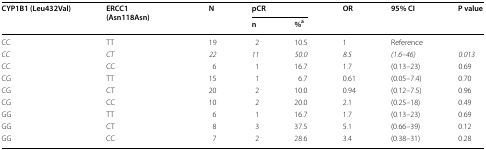
<table><thead><tr><td rowspan="2"><b>CYP1B1 (Leu432Val)</b></td><td rowspan="2"><b>ERCC1 (Asn118Asn)</b></td><td rowspan="2"><b>N</b></td><td colspan="2"><b>pCR</b></td><td rowspan="2"><b>OR</b></td><td rowspan="2"><b>95% CI</b></td><td rowspan="2"><b>P value</b></td></tr><tr><td><b>n</b></td><td><b>%<sup>a</sup></b></td></tr></thead><tbody><tr><td>CC</td><td>TT</td><td>19</td><td>2</td><td>10.5</td><td>1</td><td>Reference</td><td></td></tr><tr><td><i>CC</i></td><td><i>CT</i></td><td><i>22</i></td><td><i>11</i></td><td><i>50.0</i></td><td><i>8.5</i></td><td><i>(1.6–46)</i></td><td><i>0.013</i></td></tr><tr><td>CC</td><td>CC</td><td>6</td><td>1</td><td>16.7</td><td>1.7</td><td>(0.13–23)</td><td>0.69</td></tr><tr><td>CG</td><td>TT</td><td>15</td><td>1</td><td>6.7</td><td>0.61</td><td>(0.05–7.4)</td><td>0.70</td></tr><tr><td>CG</td><td>CT</td><td>20</td><td>2</td><td>10.0</td><td>0.94</td><td>(0.12–7.5)</td><td>0.96</td></tr><tr><td>CG</td><td>CC</td><td>10</td><td>2</td><td>20.0</td><td>2.1</td><td>(0.25–18)</td><td>0.49</td></tr><tr><td>GG</td><td>TT</td><td>6</td><td>1</td><td>16.7</td><td>1.7</td><td>(0.13–23)</td><td>0.69</td></tr><tr><td>GG</td><td>CT</td><td>8</td><td>3</td><td>37.5</td><td>5.1</td><td>(0.66–39)</td><td>0.12</td></tr><tr><td>GG</td><td>CC</td><td>7</td><td>2</td><td>28.6</td><td>3.4</td><td>(0.38–31)</td><td>0.28</td></tr></tbody></table>